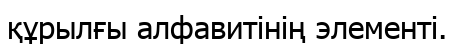
құрылғы алфавитінің элементі.